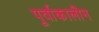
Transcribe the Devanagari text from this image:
पूर्वाकालीन